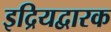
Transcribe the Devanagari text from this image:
इद्रियद्वारक